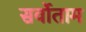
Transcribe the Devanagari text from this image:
सर्वोताम